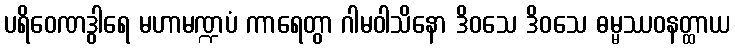
ပရိဝေဏဒွါရေ မဟာမဏ္ဍပံ ကာရေတွာ ဂါမဝါသိနော ဒိဝသေ ဒိဝသေ ဓမ္မဿဝနတ္ထာယ